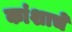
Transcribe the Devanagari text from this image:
कांशाचे